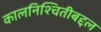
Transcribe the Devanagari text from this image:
कालनिश्चितीबद्दल